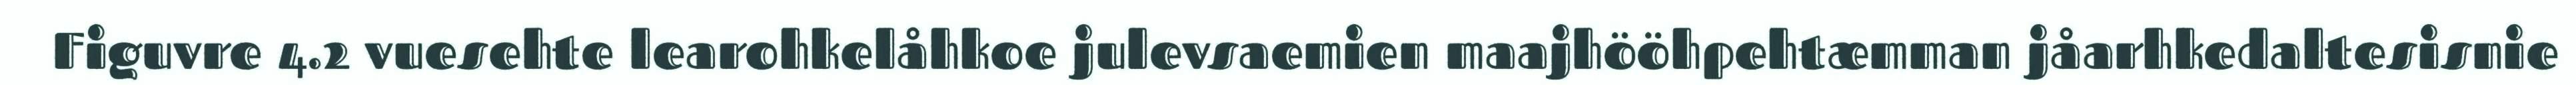
Figuvre 4.2 vuesehte learohkelåhkoe julevsaemien maajhööhpehtæmman jåarhkedaltesisnie